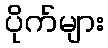
ပိုက်များ